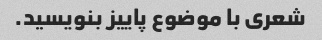
شعری با موضوع پاییز بنویسید.